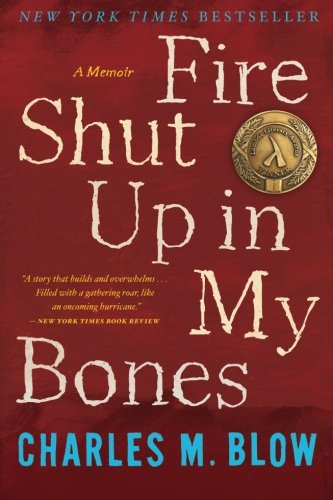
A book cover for Fire Shut Up in My Bones; Charles M. Blow; Gay & Lesbian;